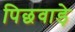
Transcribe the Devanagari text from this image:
पिछवाडे़